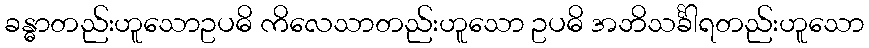
ခန္ဓာတည်းဟူသောဥပဓိ ကိလေသာတည်းဟူသော ဥပဓိ အဘိသင်္ခါရတည်းဟူသော